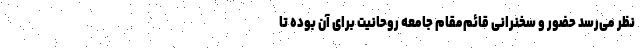
نظر می‌رسد حضور و سخنرانی قائم‌مقام جامعه روحانیت برای آن بوده تا